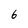
Character: 6